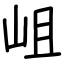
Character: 岨